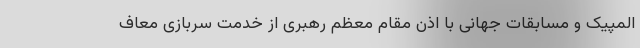
المپیک و مسابقات جهانی با اذن مقام معظم رهبری از خدمت سربازی معاف